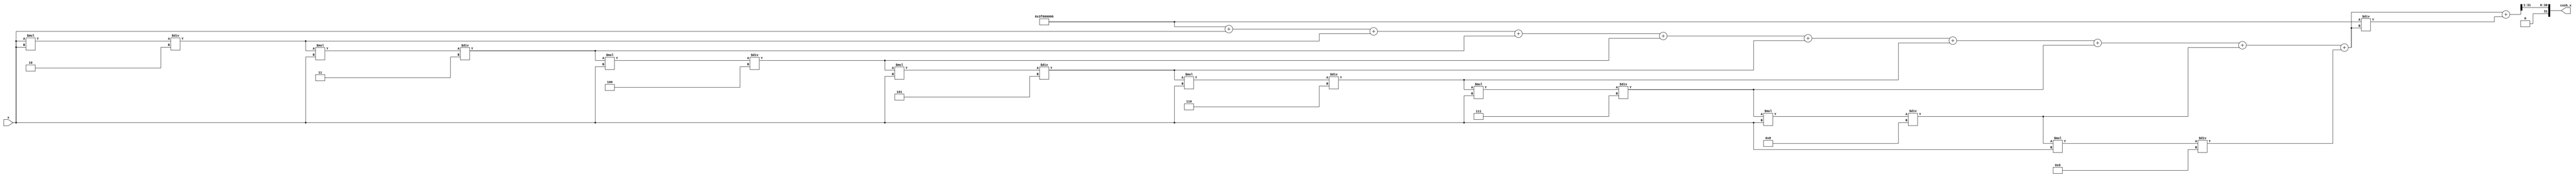
module hyperbolic_cosh (
    input  wire [31:0] x,        // 32-bit input for the hyperbolic cosine function
    output wire [31:0] cosh_x    // 32-bit output for the computed cosh value
);
    
    // Internal signals
    wire [31:0] exp_x;           // Exponential of x
    wire [31:0] exp_neg_x;       // Exponential of -x
    wire [31:0] sum;             // Sum of exp(x) + exp(-x)
    wire [31:0] divided;         // Result of (exp(x) + exp(-x)) / 2

    // Exponential function approximation using Taylor series (first few terms)
    function [31:0] exp_function;
        input [31:0] val;
        reg [31:0] result;
        reg [31:0] term;
        integer i;
        begin
            result = 32'h3F800000; // 1.0 in IEEE 754
            term = val; // First term is x
            for (i = 1; i < 10; i = i + 1) begin
                result = result + term;
                term = (term * val) / (i + 1); // Calculate next term val^i/i!
            end
            exp_function = result;
        end
    endfunction

    // Calculate e^x
    assign exp_x = exp_function(x);
    
    // Calculate e^(-x) using exp(-x) = 1 / exp(x)
    assign exp_neg_x = 32'h3F800000 / exp_x; // 1.0 / exp_x

    // Calculate sum of exp(x) and exp(-x)
    assign sum = exp_x + exp_neg_x;

    // Divide the sum by 2
    assign divided = sum >> 1; // Right shift by 1 is equivalent to dividing by 2

    // Assign the result to output
    assign cosh_x = divided;

endmodule